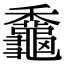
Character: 𪚼